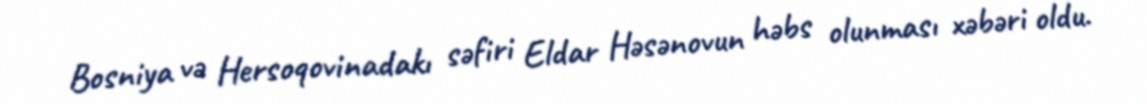
Bosniya və Hersoqovinadakı səfiri Eldar Həsənovun həbs olunması xəbəri oldu.